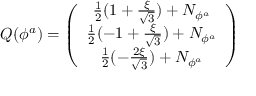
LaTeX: Q ( \phi ^ { a } ) = \left( \begin{array} { c } { { \frac { 1 } { 2 } ( 1 + \frac { \xi } { \sqrt 3 } ) + N _ { \phi ^ { a } } } } \\ { { \frac { 1 } { 2 } ( - 1 + \frac { \xi } { \sqrt 3 } ) + N _ { \phi ^ { a } } } } \\ { { \frac { 1 } { 2 } ( - \frac { 2 \xi } { \sqrt 3 } ) + N _ { \phi ^ { a } } } } \end{array} \right)